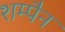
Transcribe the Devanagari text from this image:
शम्पैन